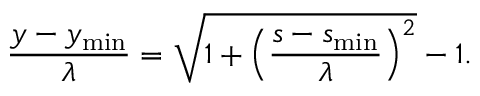
\frac { y - y _ { \mathrm { m i n } } } { \lambda } = \sqrt { 1 + \left( \frac { s - s _ { \mathrm { m i n } } } { \lambda } \right) ^ { 2 } } - 1 .